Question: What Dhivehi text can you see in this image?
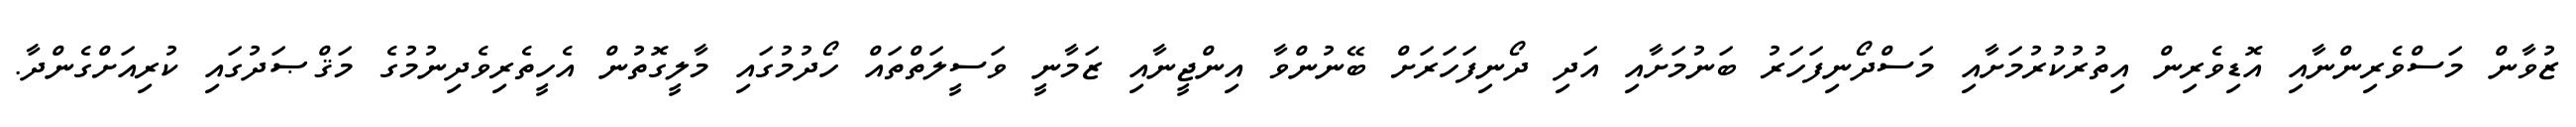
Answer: ޒުވާން މަސްވެރިންނާއި އޮޑިވެރިން އިތުރުކުރުމަށާއި މަސްދޯނިފަހަރު ބަނުމަށާއި އަދި ދޯނިފަހަރަށް ބޭނުންވާ އިންޖީނާއި ޒަމާނީ ވަސީލަތްތައް ހޯދުމުގައި މާލީގޮތުން އެހީތެރިވެދިނުމުގެ މަޤްޞަދުގައި ކުރިއަށްގެންދާ.